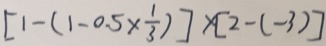
[ 1 - ( 1 - 0 . 5 \times \frac { 1 } { 3 } ) ] \times [ 2 - ( - 3 ) ]